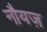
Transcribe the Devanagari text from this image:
नौयज़